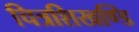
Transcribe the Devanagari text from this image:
चित्रशिखण्डि